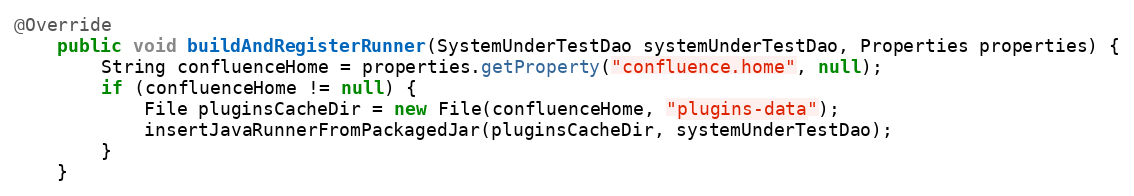
Language: Java
@Override
    public void buildAndRegisterRunner(SystemUnderTestDao systemUnderTestDao, Properties properties) {
        String confluenceHome = properties.getProperty("confluence.home", null);
        if (confluenceHome != null) {
            File pluginsCacheDir = new File(confluenceHome, "plugins-data");
            insertJavaRunnerFromPackagedJar(pluginsCacheDir, systemUnderTestDao);
        }
    }